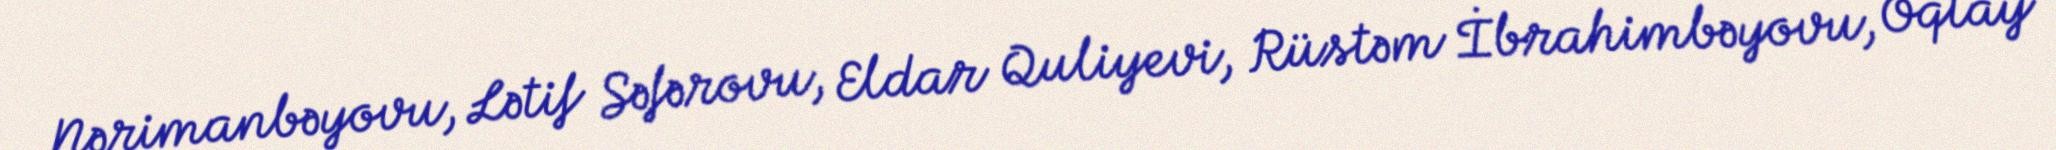
Nərimanbəyovu, Lətif Səfərovu, Eldar Quliyevi, Rüstəm İbrahimbəyovu, Oqtay